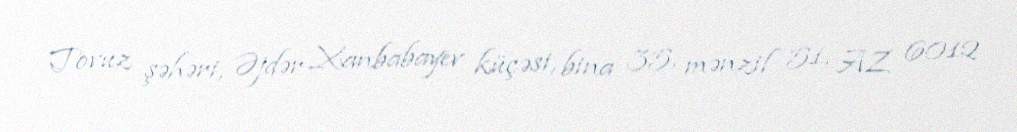
Tovuz şəhəri, Əjdər Xanbabayev küçəsi, bina 35, mənzil 51, AZ 6012